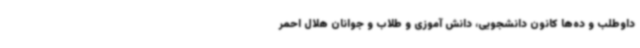
داوطلب و ده‌ها کانون دانشجویی، دانش آموزی و طلاب و جوانان هلال احمر